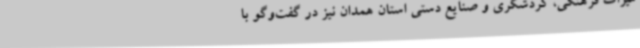
میراث فرهنگی، گردشگری و صنایع دستی استان همدان نیز در گفت‌وگو با